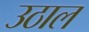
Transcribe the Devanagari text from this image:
उठाल